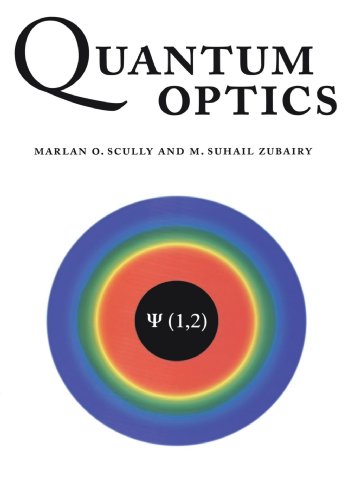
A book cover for Quantum Optics; Marlan O. Scully; Science & Math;